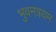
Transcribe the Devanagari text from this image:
भुवनत्रयम